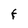
Character: F